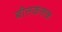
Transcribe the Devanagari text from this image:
बीतकलक